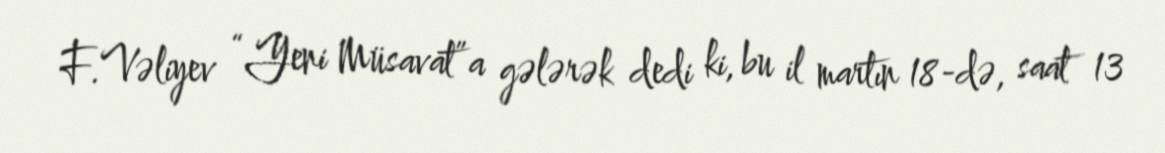
F.Vəliyev “Yeni Müsavat”a gələrək dedi ki, bu il martın 18-də, saat 13